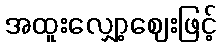
အထူးလျှော့ဈေးဖြင့်